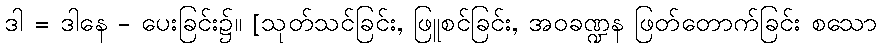
ဒါ = ဒါနေ - ပေးခြင်း၌။ [သုတ်သင်ခြင်း, ဖြူစင်ခြင်း, အဝခဏ္ဍန ဖြတ်တောက်ခြင်း စသော